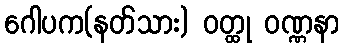
ဂေါပက(နတ်သား) ဝတ္ထု ဝဏ္ဏနာ